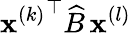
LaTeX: {\mathbf{x}^{(k)}}^{\top}\widehat{B}\, \mathbf{x}^{(l)}